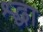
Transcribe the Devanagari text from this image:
श्र्द्धा